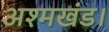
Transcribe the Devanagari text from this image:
अश्मखंड।